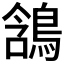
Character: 𪁟